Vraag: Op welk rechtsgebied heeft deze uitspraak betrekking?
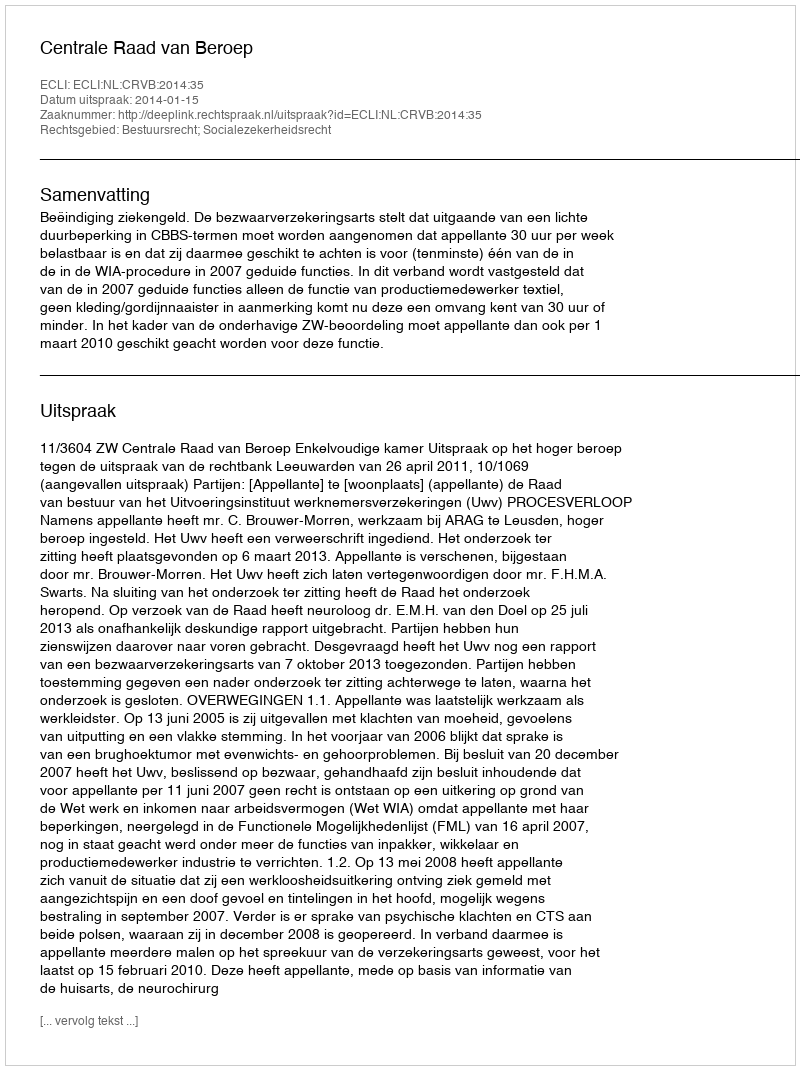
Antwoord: Bestuursrecht; Socialezekerheidsrecht